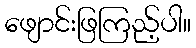
ဖျောင်းဖြကြည့်ပါ။